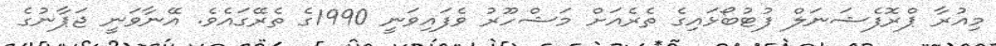
މިއުރާ ޕްރޮފެޝަނަލް ފުޓުބޯޅައިގެ ތެރެއަށް މަޝްހޫރު ވެފައިވަނީ 1990ގެ ތެރޭގައެވެ. އޭނާވަނީ ޖަޕާނުގެ